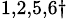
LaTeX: ^{1,2,5,6\dagger}